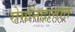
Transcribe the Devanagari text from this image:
रोगनिदानात